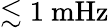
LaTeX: \lesssim 1~\mathrm{mHz}